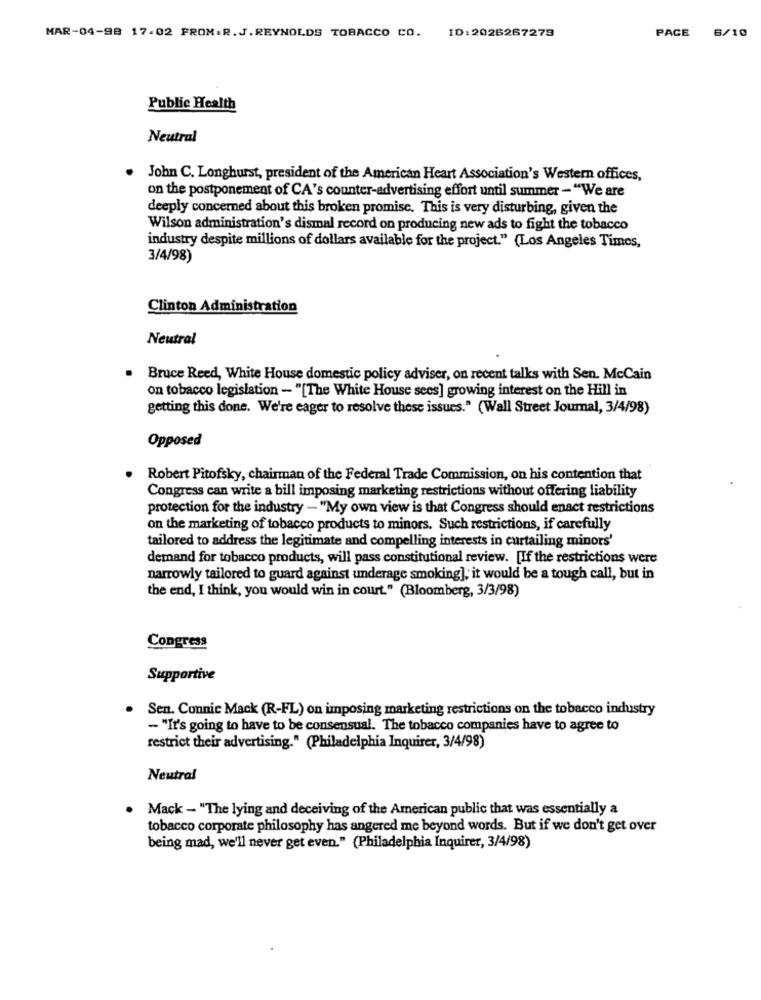
PACE 6/10
MAR-04-98 17.02 PROM.R.J.REYNOLDS TOBACCO CO. ID:2026267279
Public Health
Neutral
John C. Longhurst, president of the American Heart Association's Western offices,
on the postponement of CA's counter-advertising effort until summer -"We are
deeply concerned about this broken promise. This is very disturbing, given the
Wilson administration's dismal record on producing new ads to fight the tobacco
industry despite millions of dollars available for the project." (Los Angeles Times,
3/4/98)
Clinton Administration
Neutral
. Bruce Reed, White House domestic policy adviser, on recent talks with Sen. McCain
on tobacco legislation - "[The White House sees] growing interest on the Hill in
getting this done. We're eager to resolve these issues." (Wall Street Journal, 3/4/98)
Opposed
Robert Pitofsky, chairman of the Federal Trade Commission, on his contention that
Congress can write a bill imposing marketing restrictions without offering liability
protection for the industry - "My own view is that Congress should enact restrictions
on the marketing of tobacco products to minors. Such restrictions, if carefully
tailored to address the legitimate and compelling interests in curtailing minors'
demand for tobacco products, will pass constitutional review. [If the restrictions were
narrowly tailored to guard against underage smoking], it would be a tough call, but in
the end, I think, you would win in court." (Bloomberg, 3/3/98)
Congress
Supportive
Sen. Connie Mack (R-FL) on imposing marketing restrictions on the tobacco industry
- "It's going to have to be consensual. The tobacco companies have to agree to
restrict their advertising." (Philadelphia Inquirer, 3/4/98)
Neutral
Mack - "The lying and deceiving of the American public that was essentially a
tobacco corporate philosophy has angered me beyond words. But if we don't get over
being mad, we'll never get even." (Philadelphia Inquirer, 3/4/98)